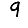
Digit: 9